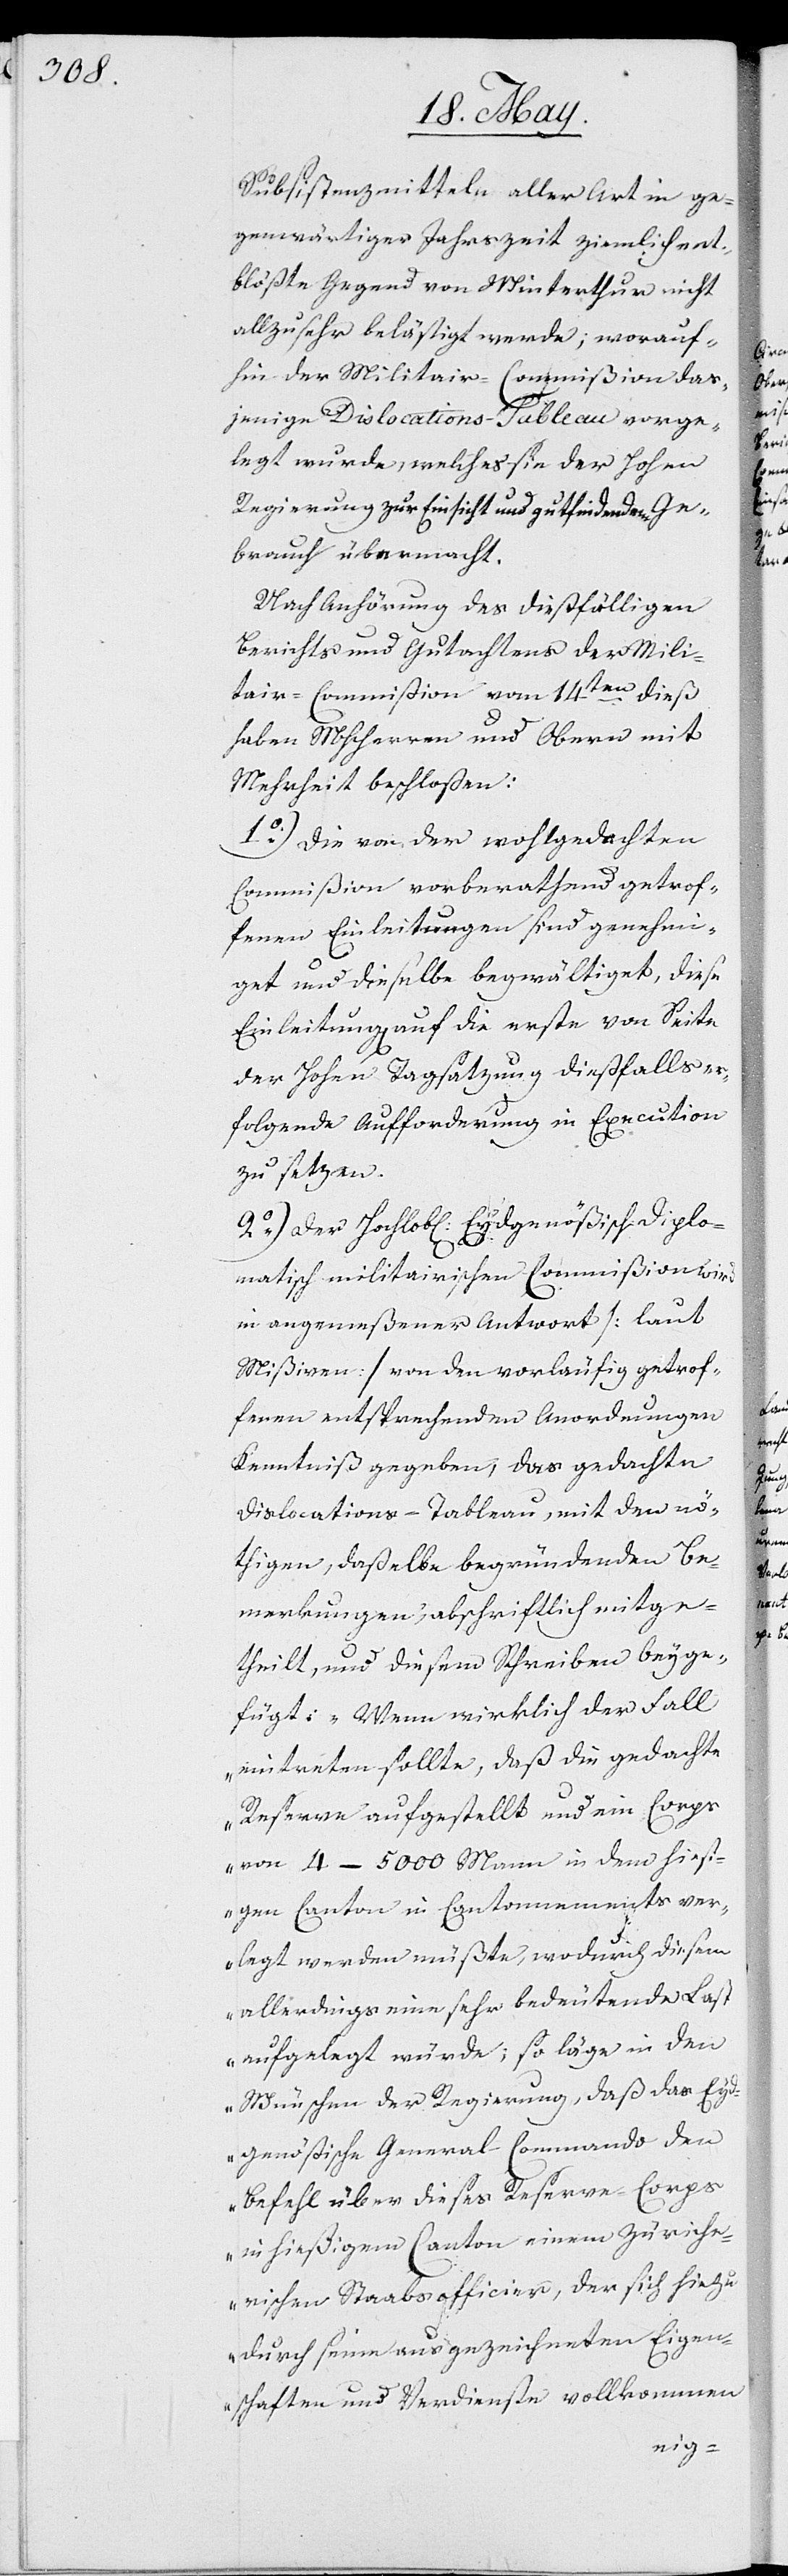
Subsistenzmitteln aller Art in ge¬
genwärtiger Jahrszeit ziemlich ent¬
blößte Gegend von Winterthur nicht
allzu sehr belästiget werde; worauf¬
hin der Militair-Commißion das¬
jenige Dislocations-Tableau vorge¬
legt wurde, welches sie der hohen
Regierung zur Einsicht und gutfindendem Ge¬
brauch übermacht.
Nach Anhörung des dießfälligen
Berichts und Gutachtens der Mili¬
tair-Commißion vom 14ten dieß
haben MHHerren und Oberen mit
Mehrheit beschloßen:
1.) Die von der wohlgedachten
Commißion vorberathend getrof¬
fenen Einleitungen sind genehmi¬
get und dieselbe begwältiget, diese
Einleitungen auf die erste von Seite
der Hohen Tagsatzung dießfalls er¬
folgende Aufforderung in Execution
zu setzen.
2.) Der Hochlobl. Eydsgenößisch Diplo¬
matisch militairischen Commißion wird
in angemeßener Antwort (laut
Mißiven) von den vorläufig getrof¬
fenen entsprechenden Anordnungen
Kenntniß gegeben, das gedachte
Dislocations-Tableau, mit den nö¬
thigen, daßelbe begründenden Be¬
merkungen abschriftlich mitge¬
theilt, und diesem Schreiben beyge¬
fügt: „Wenn wirklich der Fall
eintretten sollte, daß die gedachte
Reserve aufgestellt und ein Corps
von 4–5000 Mann in dem hiesi¬
gen Canton in Cantonnements ver¬
legt werden müßte, wodurch diesem
allerdings eine sehr bedeutende Last
auferlegt würde; so läge in den
Wünschen der Regierung, daß das Eyd¬
sgenößische General-Commando den
Befehl über dieses Reserve-Corps
in hiesigem Canton einem Zürche¬
rischen Staabsofficier, der sich hiezu
durch seine ausgezeichneten Eigen¬
schaften und Verdienste vollkommen